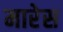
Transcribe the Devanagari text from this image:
मारेस